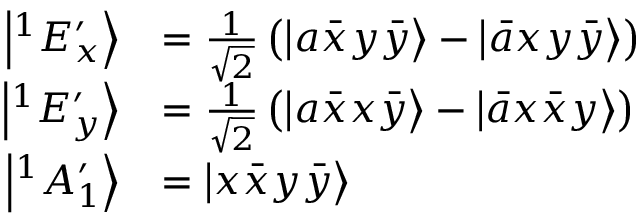
\begin{array} { r l } { \left| ^ { 1 } E _ { x } ^ { \prime } \right\rangle } & { = \frac { 1 } { \sqrt { 2 } } \left( \left| a \bar { x } y \bar { y } \right\rangle - \left| \bar { a } x y \bar { y } \right\rangle \right) } \\ { \left| ^ { 1 } E _ { y } ^ { \prime } \right\rangle } & { = \frac { 1 } { \sqrt { 2 } } \left( \left| a \bar { x } x \bar { y } \right\rangle - \left| \bar { a } x \bar { x } y \right\rangle \right) } \\ { \left| ^ { 1 } A _ { 1 } ^ { \prime } \right\rangle } & { = \left| x \bar { x } y \bar { y } \right\rangle } \end{array}